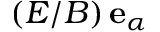
\left( E / B \right) \mathbf { e } _ { \alpha }